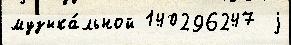
музыка́льной 140296247  j